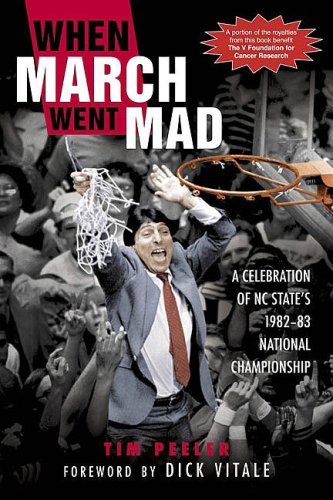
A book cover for When March Went Mad: A Celebration of NC State's 1982-83 National Championship; Tim Peeler; Sports & Outdoors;